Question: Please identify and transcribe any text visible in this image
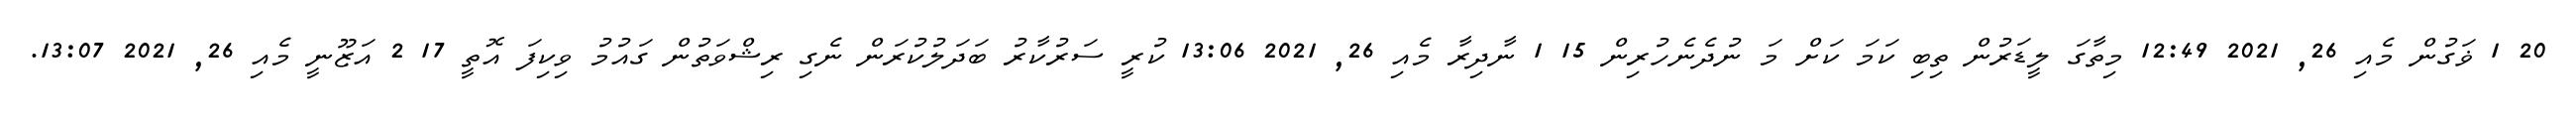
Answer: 20 1 ޥަގުން މެއި 26, 2021 12:49 މިތާގަ ލީޑަރުން ތިބި ކަމަ ކަށް މަ ނުދެނެހުރިން 15 1 ނާދިރާ މެއި 26, 2021 13:06 ކުރީ ސަރުކާރު ބަދަލުކުރަން ނެގި ރިޝްވަތުން ގައުމު ވިކިފަ އޮތީ 17 2 އަޒޫނީ މެއި 26, 2021 13:07.